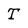
Character: T